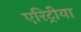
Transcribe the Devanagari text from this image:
एरिट्रीया